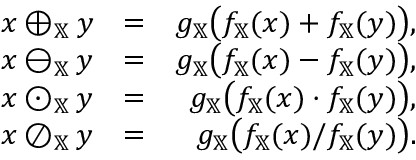
\begin{array} { r l r } { x \oplus _ { \mathbb { X } } y } & { = } & { g _ { \mathbb { X } } \big ( f _ { \mathbb { X } } ( x ) + f _ { \mathbb { X } } ( y ) \big ) , } \\ { x \ominus _ { \mathbb { X } } y } & { = } & { g _ { \mathbb { X } } \big ( f _ { \mathbb { X } } ( x ) - f _ { \mathbb { X } } ( y ) \big ) , } \\ { x \odot _ { \mathbb { X } } y } & { = } & { g _ { \mathbb { X } } \big ( f _ { \mathbb { X } } ( x ) \cdot f _ { \mathbb { X } } ( y ) \big ) , } \\ { x \oslash _ { \mathbb { X } } y } & { = } & { g _ { \mathbb { X } } \big ( f _ { \mathbb { X } } ( x ) / f _ { \mathbb { X } } ( y ) \big ) . } \end{array}